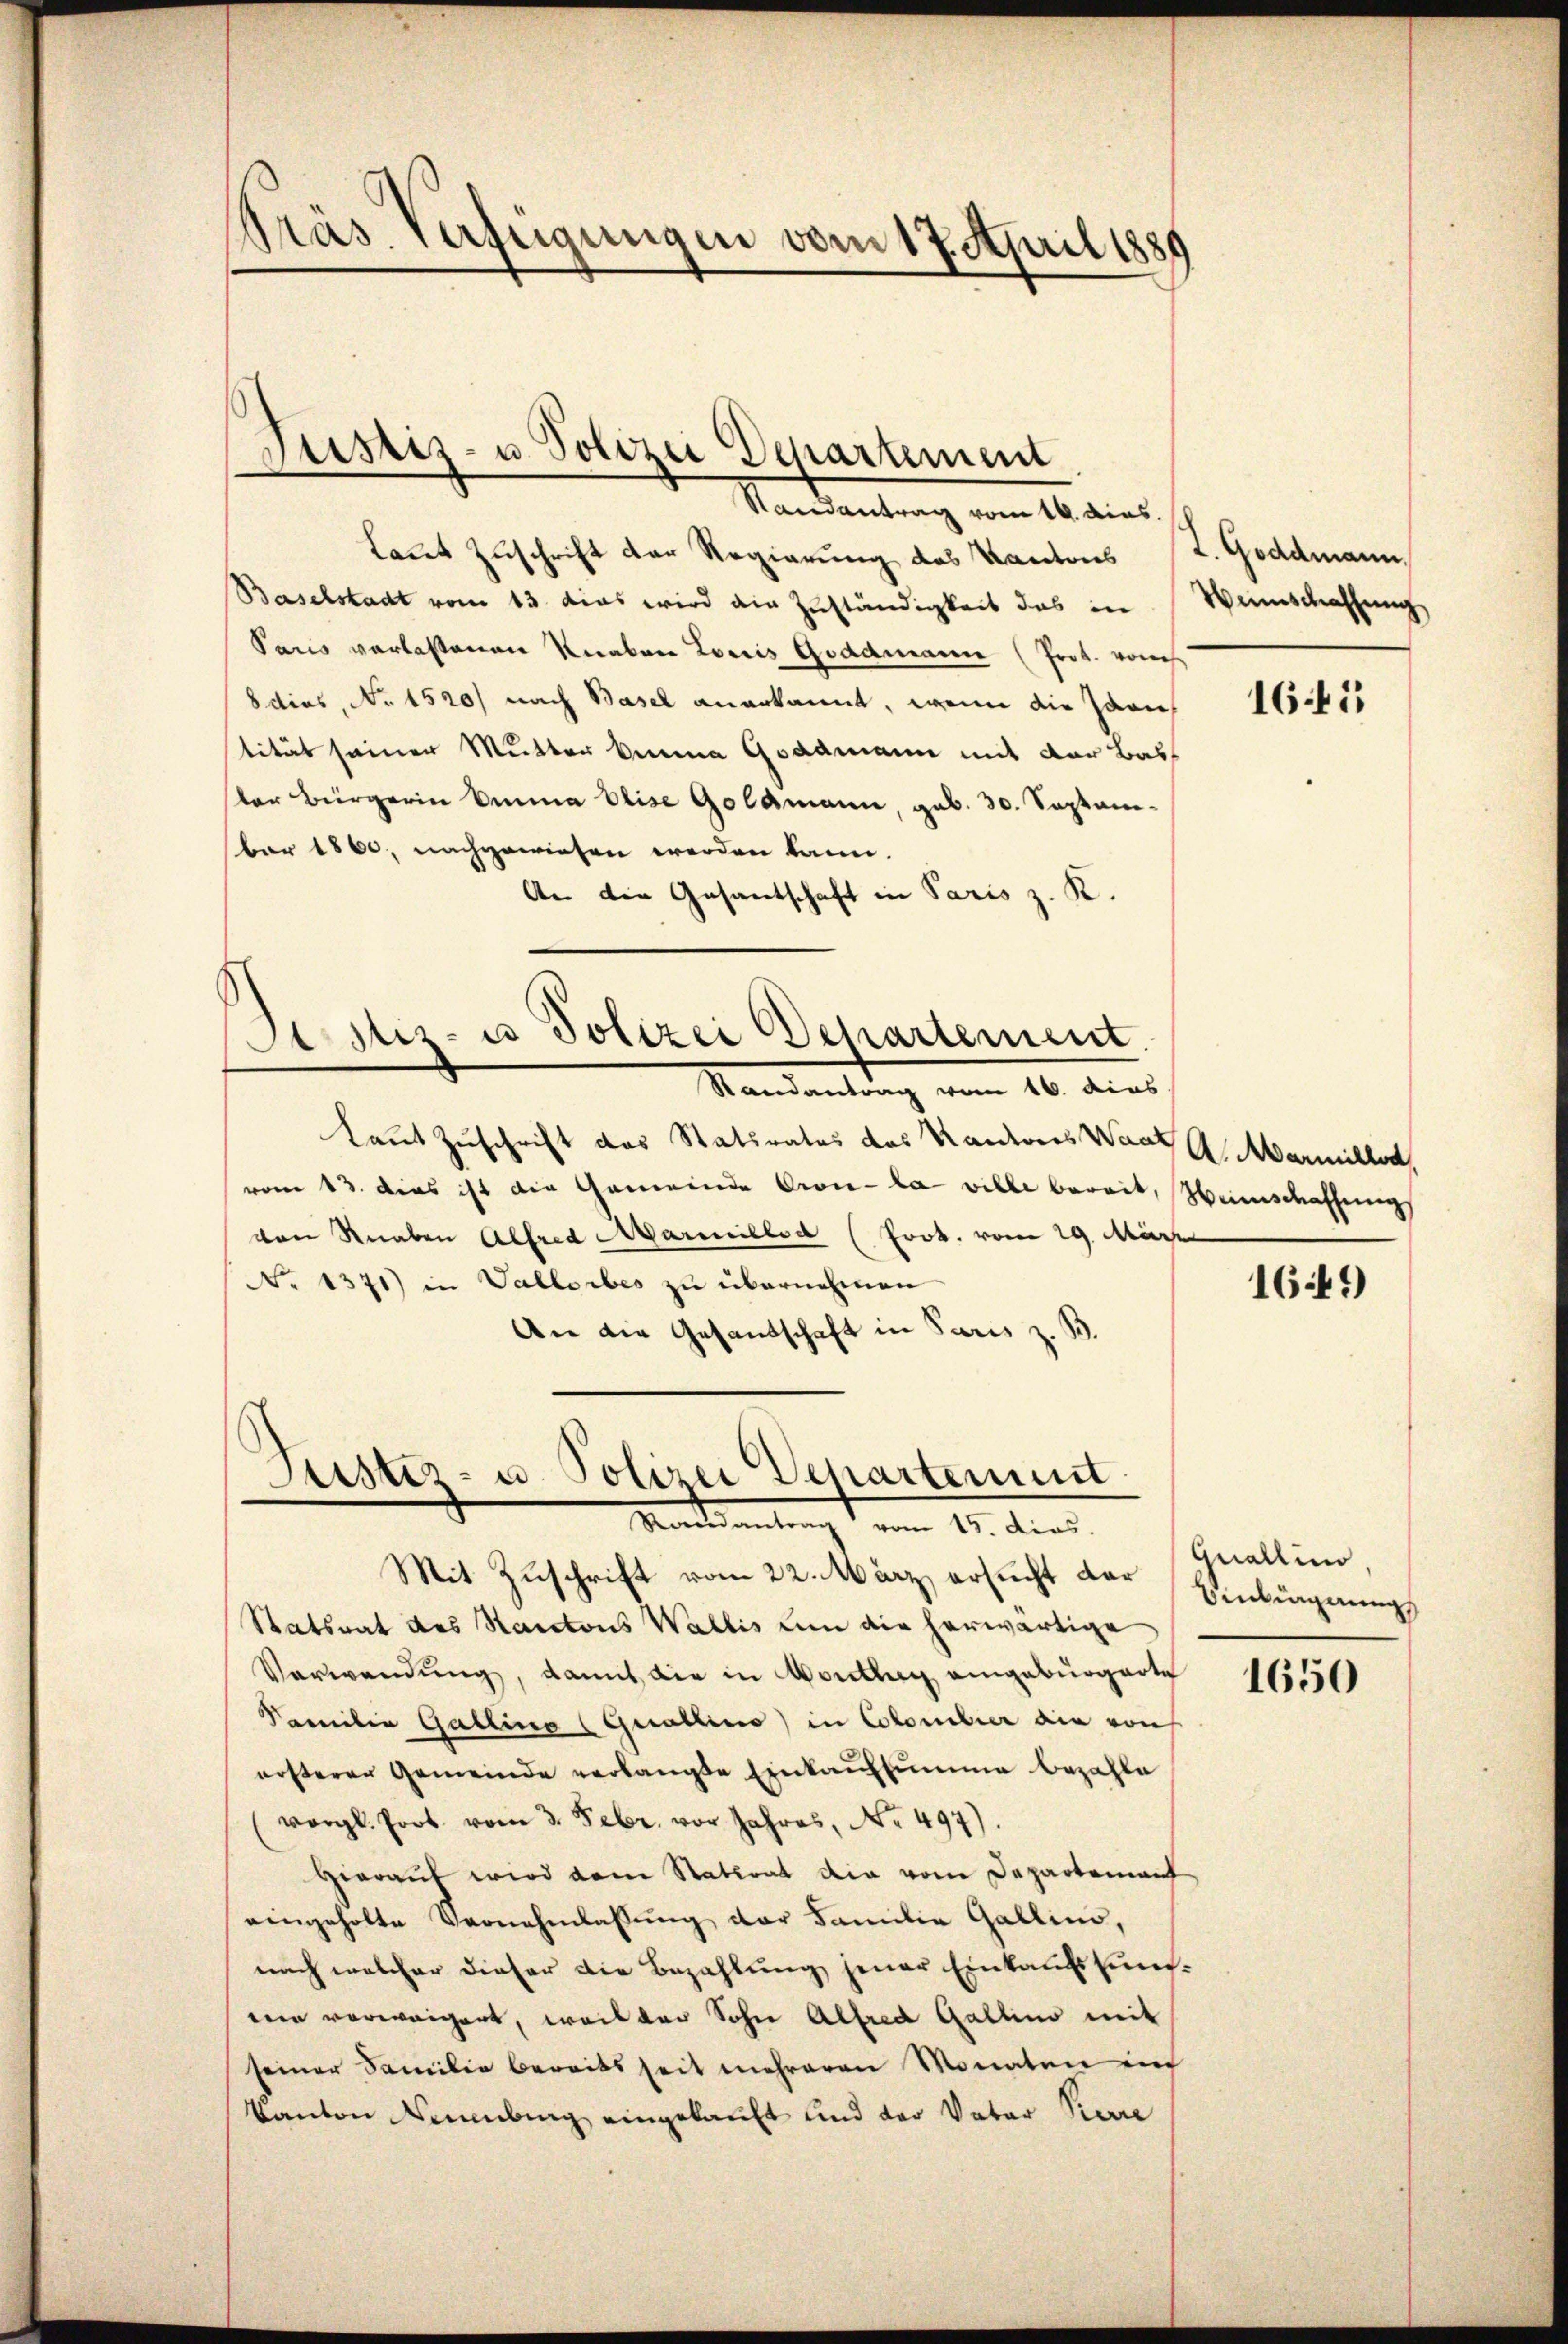
Präs. Verfügungen vom 17. April 1886

Justiz- u. Polizei Departement

Justiz- u. Polizei Departement
Satsantrag vom 15. dies

Randantrag vom 14. dies
Laut Zuschrift der Regierung des Kantons (T. Goddmann,
Baselstadt vom 13. das wird die Zuständigkeit das in
Paris verlassenen Knaben Louis Gradmann (Prot. von
8 dies, No 1520/ nach Basel anerkannt, wenn die Pari
tität seiner Mutter keine Goldmann mit der Bas
sler Bürgerin Emma Elise Goldmann, geb. 30. Septembar 1860, nachgewiesen werden kann.
An die Gesantschaft in Paris z. K.
Justiz- u Polizei Departement
Randantrag vom 16. dies
Laut Zuschrift des Statsrates des Kantores Waat l. Marmiller,
(vom 13. dies ist die Gemeinde Cron-la ville bereit, Weinschaffung
von Knaben Alfred Marillod (Prok. vom 29. März
No 1371) in Vallorbes zu übernehmen
An die Gesandschaft in Paris z. B.

Weinschaffung

Mit Zuschrift vom 22. März, ersucht der Einbignung
Statsrat des Santons Wallis um die herwärtige
Verwendung, damit die in Vorlag eingebürgerte
Familie Gallino (Quallino in Colomilier ain von
ersteren Gemeinde verlangte Einkaufsumme bezahle
(vergl. Prot. vom 3. Febr. vor Jahres, No. 497).
Hierauf wird dem Statirat die vom Departement
eingeholte Vernehmlassung der Familie Gallini,
nach welcher dieser die Bezahlung jener Einkaufssumei verweigert, weil der Sohn Alfred Gallino mit
seiner Familie bereits seit mehreren Monaten in
Kanton Neuenburg eingekauft und der Vater Pierre

1645

1649)

Quallino

1650